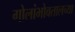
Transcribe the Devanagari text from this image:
गोलांभोवतालच्या